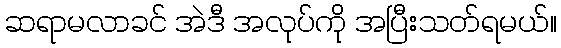
ဆရာမလာခင် အဲဒီ အလုပ်ကို အပြီးသတ်ရမယ်။